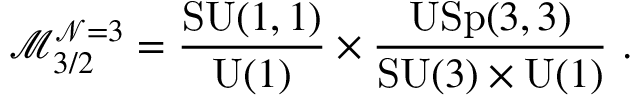
\mathcal { M } _ { 3 / 2 } ^ { \mathcal { N } = 3 } = \frac { \mathrm { S U } ( 1 , 1 ) } { \mathrm { U } ( 1 ) } \times \frac { \mathrm { U S p } ( 3 , 3 ) } { \mathrm { S U } ( 3 ) \times \mathrm { U } ( 1 ) } ~ .